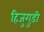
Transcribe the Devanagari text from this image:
हिजुगुड़ी